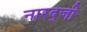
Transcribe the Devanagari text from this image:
नारद्जी